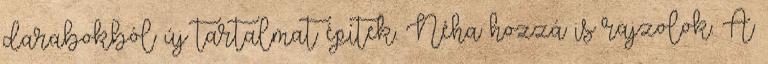
darabokból új tartalmat építek. Néha hozzá is rajzolok. A